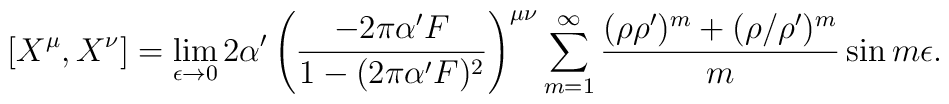
\left[ X^\mu, X^\nu \right] = \lim_{\epsilon \rightarrow 0}2 \alpha' \left( \frac{ -2 \pi \alpha' F}{1 - (2 \pi \alpha' F)^2}\right)^{\mu\nu} \sum_{m=1}^\infty \frac{ (\rho \rho')^m + (\rho/\rho')^m}{m}\sin m \epsilon.